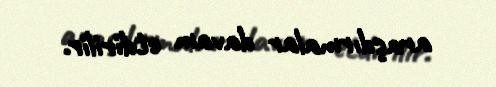
araşdırmalar davam etdirilir.